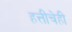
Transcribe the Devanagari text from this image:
हत्तींचेही